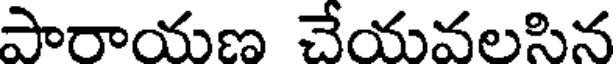
పారాయణ చేయవలసిన